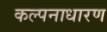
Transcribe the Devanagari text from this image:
कल्पनाधारण